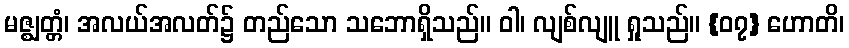
မဇ္ဈတ္တံ၊ အလယ်အလတ်၌ တည်သော သဘောရှိသည်။ ဝါ၊ လျစ်လျူ ရှုသည်။ {၀၇} ဟောတိ၊